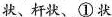
状、杆状、\underline{①}状